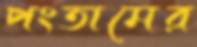
পংতামের